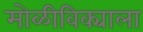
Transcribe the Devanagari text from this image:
मोळीविक्याला